Indian journal of veterinary science and animal husbandry - Volume 3,
Year: 1933
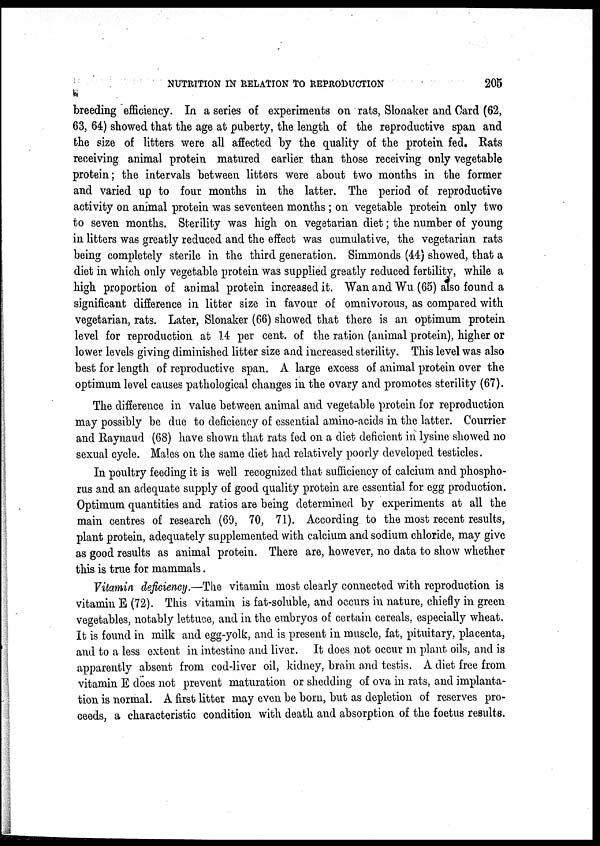
NUTRITION IN RELATION TO REPRODUCTION
205
breeding efficiency. In a series of experiments on rats, Slonaker and Card (62,
63, 64) showed that the age at puberty, the length of the reproductive span and
the size of litters were all affected by the quality of the protein fed. Rats
receiving animal protein matured earlier than those receiving only vegetable
protein; the intervals between litters were about two months in the former
and varied up to four months in the latter. The period of reproductive
activity on animal protein was seventeen months ; on vegetable protein only two
to seven months. Sterility was high on vegetarian diet; the number of young
in litters was greatly reduced and the effect was cumulative, the vegetarian rats
being completely sterile in the third generation. Simmonds (44) showed, that a
diet in which only vegetable protein was supplied greatly reduced fertility, while a
high proportion of animal protein increased it. Wan and Wu (65) also found a
significant difference in litter size in favour of omnivorous, as compared with
vegetarian, rats. Later, Slonaker (66) showed that there is an optimum protein
level for reproduction at 1. 4 per cent. of the ration (animal protein), higher or
lower levels giving diminished litter size and increased sterility. This level was also
best for length of reproductive span. A large excess of animal protein over the
optimum level causes pathological changes in the ovary and promotes sterility (67).
The difference in value between animal and vegetable protein for reproduction
may possibly be due to deficiency of essential amino-acids in the latter. Courrier
and Raynaud (68) have shown that rats fed on a diet deficient in lysine showed no
sexual cycle. Males on the same diet had relatively poorly developed testicles.
In poultry feeding it is well recognized that sufficiency of calcium and phospho-
rus and an adequate supply of good quality protein are essential for egg production.
Optimum quantities and ratios are being determined by experiments at all the
main centres of research (69, 70, 71). According to the most recent results,
plant protein, adequately supplemented with calcium and sodium chloride, may give
as good results as animal protein. There are, however, no data to show whether
this is true for mammals.
Vitamin deficiency.—The vitamin most clearly connected with reproduction is
vitamin E (72). This vitamin is fat-soluble, and occurs in nature, chiefly in green
vegetables, notably lettuce, and in the embryos of certain cereals, especially wheat.
It is found in milk and egg-yolk, and is present in muscle, fat, pituitary, placenta,
and to a less extent in intestine and liver. It does not occur in plant oils, and is
apparently absent from cod-liver oil, kidney, brain and testis. A diet free from
vitamin E does not prevent maturation or shedding of ova in rats, and implanta-
tion is normal. A first litter may even be born, but as depletion of reserves pro-
ceeds, a characteristic condition with death and absorption of the foetus results.